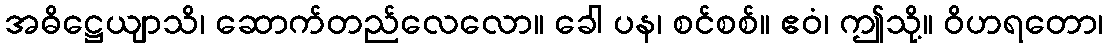
အဓိဋ္ဌေယျာသိ၊ ဆောက်တည်လေလော။ ခေါ ပန၊ စင်စစ်။ ဧဝံ၊ ဤသို့။ ဝိဟရတော၊